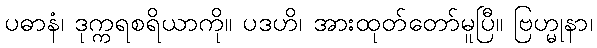
ပဓာနံ၊ ဒုက္ကရစရိယာကို။ ပဒဟိ၊ အားထုတ်တော်မူပြီ။ ဗြဟ္မုနာ၊